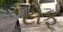
ટોફૂ